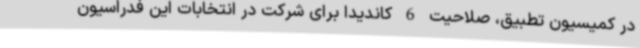
در کمیسیون تطبیق، صلاحیت 6 کاندیدا برای شرکت در انتخابات این فدراسیون